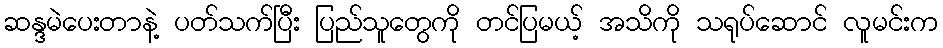
ဆန္ဒမဲပေးတာနဲ့ ပတ်သက်ပြီး ပြည်သူတွေကို တင်ပြမယ့် အသိကို သရုပ်ဆောင် လူမင်းက